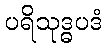
ပရိသုဒ္ဓပဒံ